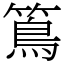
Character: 䉆